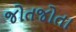
જોતજોતા